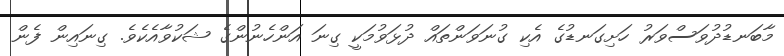
މާބަނޑުދުވަސްވަރު ހަށިގަނޑުގެ އެކި ގުނަވަންތައް ދުޅަވުމަކީ ގިނަ އަންހެނުންގެ ޝަކުވާއެކެވެ. ގިނައިން ފެން